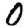
Digit: 0